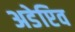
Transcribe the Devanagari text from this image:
अडेप्टिव